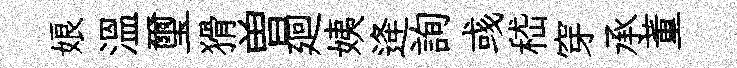
娘溫璽猾曽廻姨逄詢彧嵇穿承董